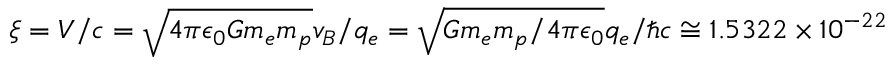
\xi = V / c = \sqrt { 4 \pi \epsilon _ { 0 } G m _ { e } m _ { p } } v _ { B } / q _ { e } = \sqrt { G m _ { e } m _ { p } / 4 \pi \epsilon _ { 0 } } q _ { e } / \hbar c \cong 1 . 5 3 2 2 \times 1 0 ^ { - 2 2 }